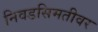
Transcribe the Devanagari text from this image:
निवडसिमतीवर